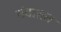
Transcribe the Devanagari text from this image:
बंदारात